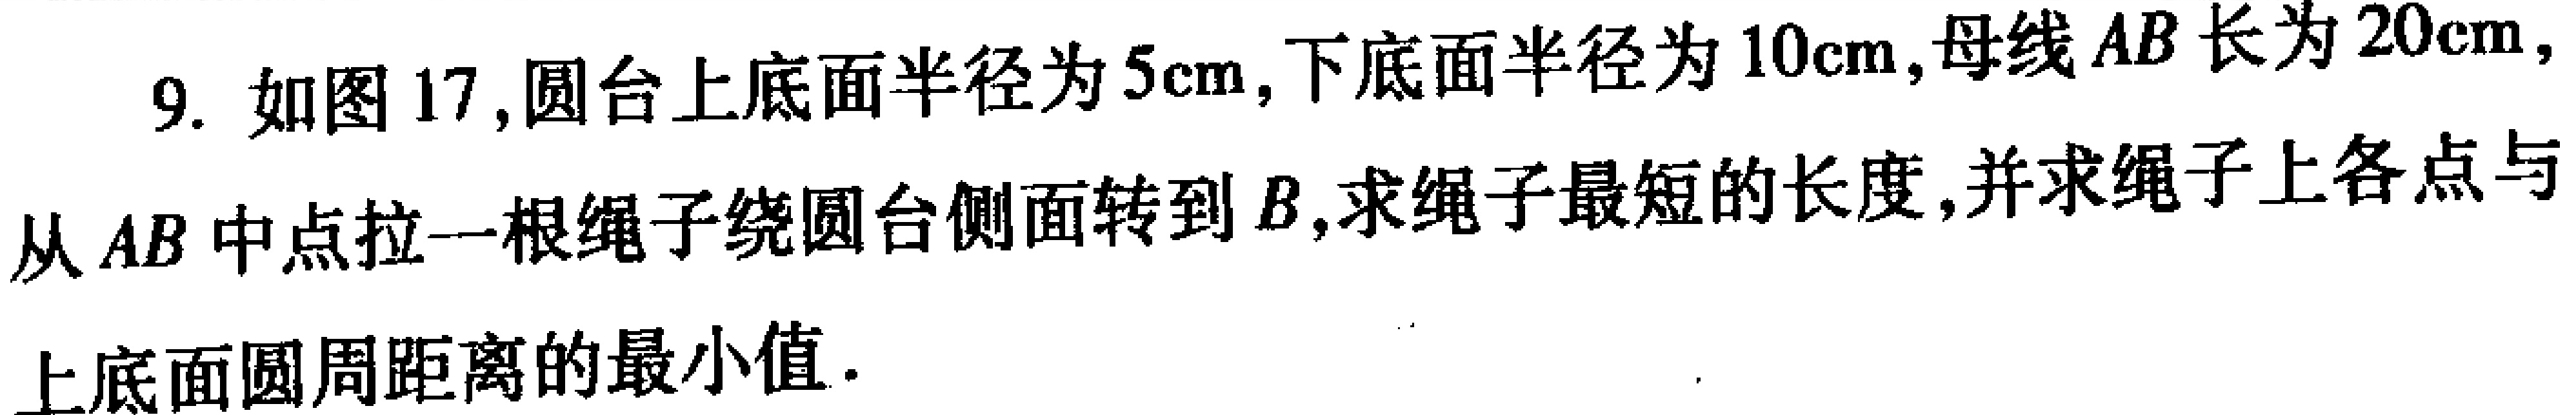
9. 如图17, 圆台上底面半径为\(5\text{cm}\), 下底面半径为\(10\text{cm}\), 母线\(AB\)长为\(20\text{cm}\), 从\(AB\)中点拉一根绳子绕圆台侧面转到\(B\), 求绳子最短的长度, 并求绳子上各点与上底面圆周距离的最小值.